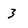
Character: 3